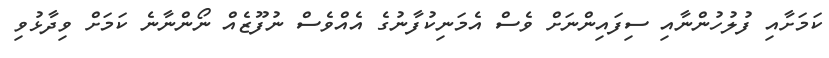
ކަމަށާއި ފުލުހުންނާއި ސިފައިންނަށް ވެސް އެމަނިކުފާނުގެ އެއްވެސް ނުފޫޒެއް ނޯންނާނެ ކަމަށް ވިދާޅުވި